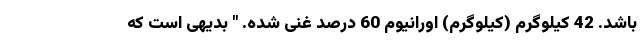
باشد. 42 کیلوگرم (کیلوگرم) اورانیوم 60 درصد غنی شده. " بدیهی است که